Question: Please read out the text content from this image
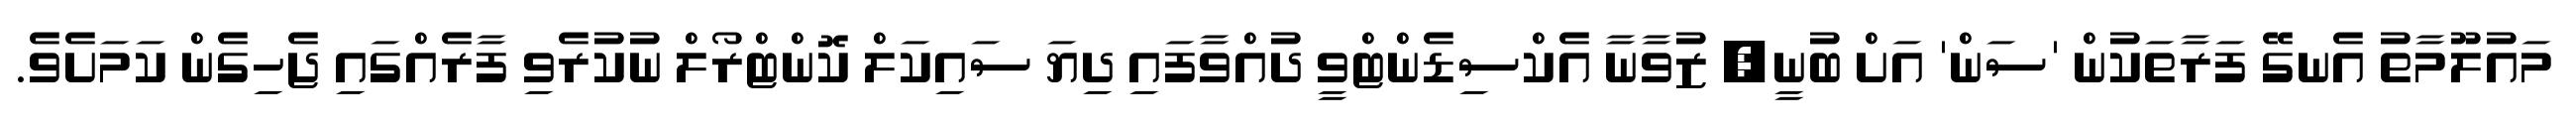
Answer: މައުލޫމާތު އެނގޭ ފަރާތަކުން 'ސަން' އަށް ބުނީ, ޒުވާނާ އެކްސިޑެންޓްވީ ދުއްވާފައި ދިޔަ ސައިކަލް ކޮންޓްރޯލް ނުކުރެވި ފާރެއްގައި ޖެހިގެން ކަމަށެވެ.